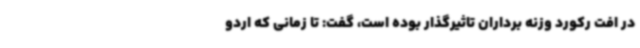
در افت رکورد وزنه برداران تاثیرگذار بوده است، گفت: تا زمانی که اردو